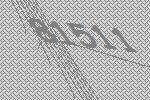
81511